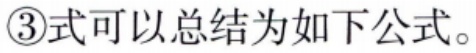
\textcircled{3}式可以总结为如下公式。